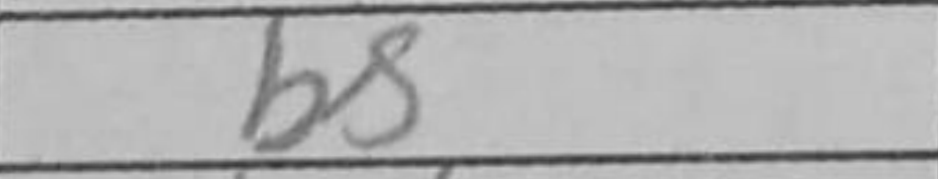
Transcription: Rc6